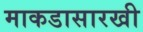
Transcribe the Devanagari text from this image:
माकडासारखी